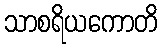
သာစရိယကောတိ